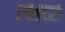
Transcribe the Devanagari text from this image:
पिच्छि